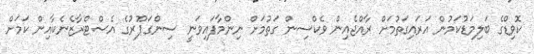
ކޮވިޑްގެ ބަލިމަޑުކަމުން އަރައިގަތުމަށް ރާއްޖެއިން ވެކްސިން ގަތުމަށް ނިންމާފައިވަނީ ސިންގަޕޫރުގެ އެސްޓްރާޒެނެކާއިން ކަމަށް